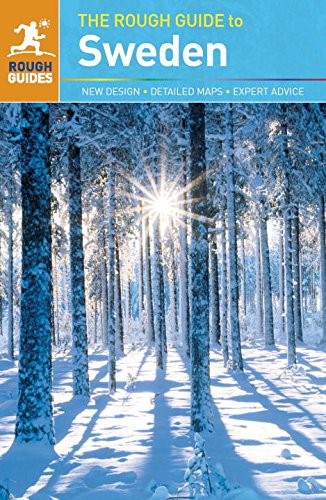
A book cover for The Rough Guide to Sweden; James Proctor; Travel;